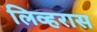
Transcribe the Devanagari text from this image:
लिव्हरास